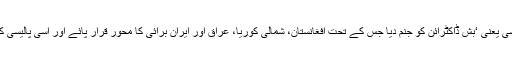
نائن الیون کے حملے نے امریکا کی پیشگی حملوں کی پالیسی یعنی ‘بش ڈاکٹرائن کو جنم دیا جس کے تحت افغانستان، شمالی کوریا، عراق اور ایران برائی کا محور قرار پائے اور اسی پالیسی کے تحت امریکا نے ان ممالک میں کارروائیوں کا آغاز کیا۔